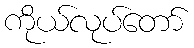
ကိုယ်လုပ်တော်